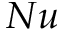
N u